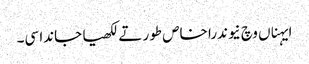
ایہناں وچ نیوندرا خاص طور تے لکھیا جاندا سی۔